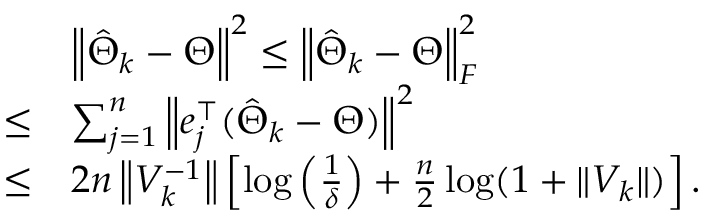
\begin{array} { r l } & { \left\| \hat { \Theta } _ { k } - \Theta \right\| ^ { 2 } \leq \left\| \hat { \Theta } _ { k } - \Theta \right\| _ { F } ^ { 2 } } \\ { \leq } & { \sum _ { j = 1 } ^ { n } \left\| e _ { j } ^ { \top } ( \hat { \Theta } _ { k } - \Theta ) \right\| ^ { 2 } } \\ { \leq } & { 2 n \left\| V _ { k } ^ { - 1 } \right\| \left[ \log \left( \frac { 1 } { \delta } \right) + \frac { n } { 2 } \log ( 1 + \| V _ { k } \| ) \right] . } \end{array}